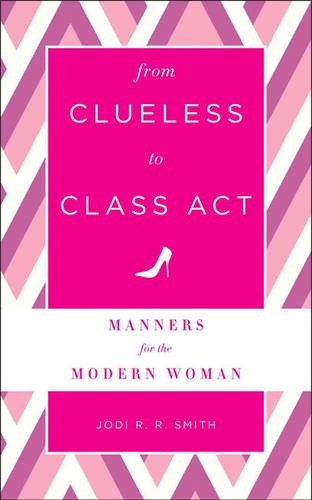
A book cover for From Clueless to Class Act: Manners for the Modern Woman; Jodi R. R. Smith; Business & Money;